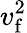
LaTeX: v_{\mathrm{f}}^{2}